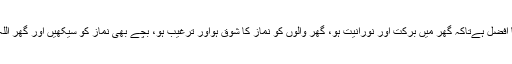
1: نوافل کا گھر میں پڑھنا افضل ہےتاکہ گھر میں برکت اور نورانیت ہو، گھر والوں کو نماز کا شوق ہواور ترغیب ہو، بچے بھی نماز کو سیکھیں اور گھر اللہ کی عبادت سے آباد رہیں۔